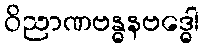
ဝိညာဏဗန္ဓနဗဒ္ဓေါ